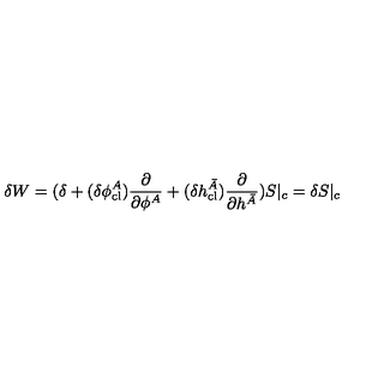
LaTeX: \delta W = ( \delta + ( \delta \phi _ { \mathrm { c l } } ^ { A } ) \frac { \partial } { \partial \phi ^ { A } } + ( \delta h _ { \mathrm { c l } } ^ { \bar { A } } ) \frac { \partial } { \partial h ^ { \bar { A } } } ) S | _ { c } = \delta S | _ { c }